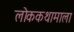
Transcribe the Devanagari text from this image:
लोककथामाला